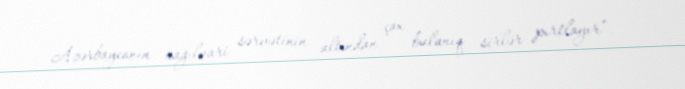
Azərbaycanın nağılvari sərvətinin altından çox bulanıq sirlər pırtlayır”.